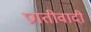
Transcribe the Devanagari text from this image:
प्रगतीवादी